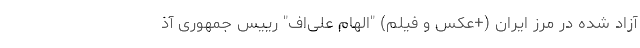
آزاد شده در مرز ایران (+عکس و فیلم) "الهام علی‌اف" رییس جمهوری آذ